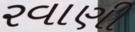
રવાણી